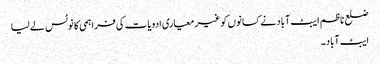
ضلع ناظم ایبٹ آباد نے کسانوں کو غیر معیاری ادویات کی فراہمی کا نوٹس لے لیا
ایبٹ آباد۔